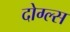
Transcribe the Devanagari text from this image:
दोग्ल्स